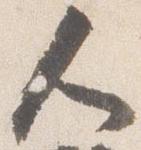
人